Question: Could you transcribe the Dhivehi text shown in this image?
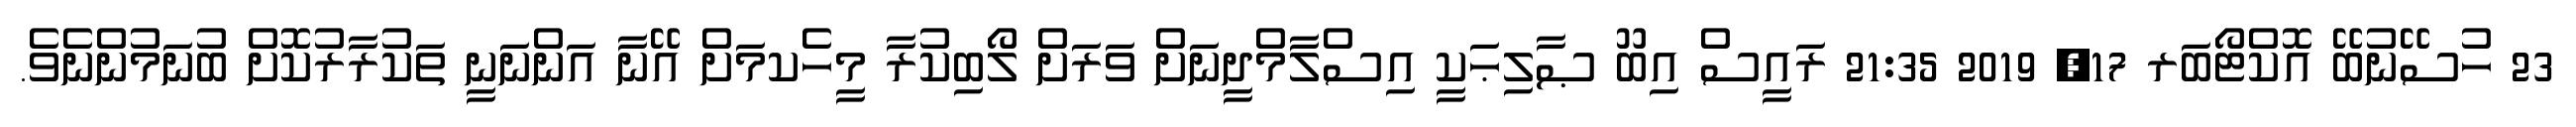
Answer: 23 ހުސޭނުބޭ އޮކްޓޯބަރ 17, 2019 21:35 ރައީސް އިބޫ ޞާލިޙަކީ އިސްލާމްދީނަށް ވަރަށް ލޯބިކުރާ މީހެކމަށް އޭނާ އަންނަނީ ތަކުރާރުކޮށް ބުނަމުންނެވެ.